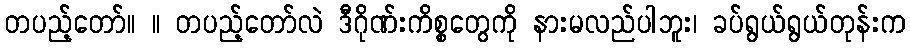
တပည့်တော်။ ။ တပည့်တော်လဲ ဒီဂိုဏ်းကိစ္စတွေကို နားမလည်ပါဘူး၊ ခပ်ရွယ်ရွယ်တုန်းက